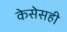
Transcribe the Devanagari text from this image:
केसेसही